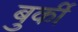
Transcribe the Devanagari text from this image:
बुर्की